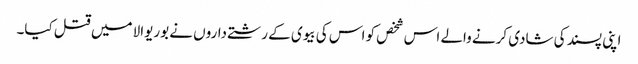
اپنی پسند کی شادی کرنے والے اس شخص کو اس کی بیوی کے رشتے داروں نے بوریوالا میں قتل کیا۔